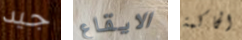
جيد الايقاع الحاكمة